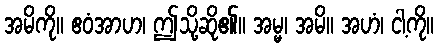
အမိကို။ ဧဝံအာဟ၊ ဤသို့ဆို၏။ အမ္မ၊ အမိ။ အဟံ၊ ငါ့ကို။